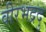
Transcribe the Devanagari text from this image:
वीरभद्रदु